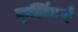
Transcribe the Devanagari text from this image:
कृर्त्तिकई